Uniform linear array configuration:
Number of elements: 8
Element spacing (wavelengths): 0.75
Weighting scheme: uniform
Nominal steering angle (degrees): -60
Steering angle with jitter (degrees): -59.877
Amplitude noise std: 0.05
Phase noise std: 0.05

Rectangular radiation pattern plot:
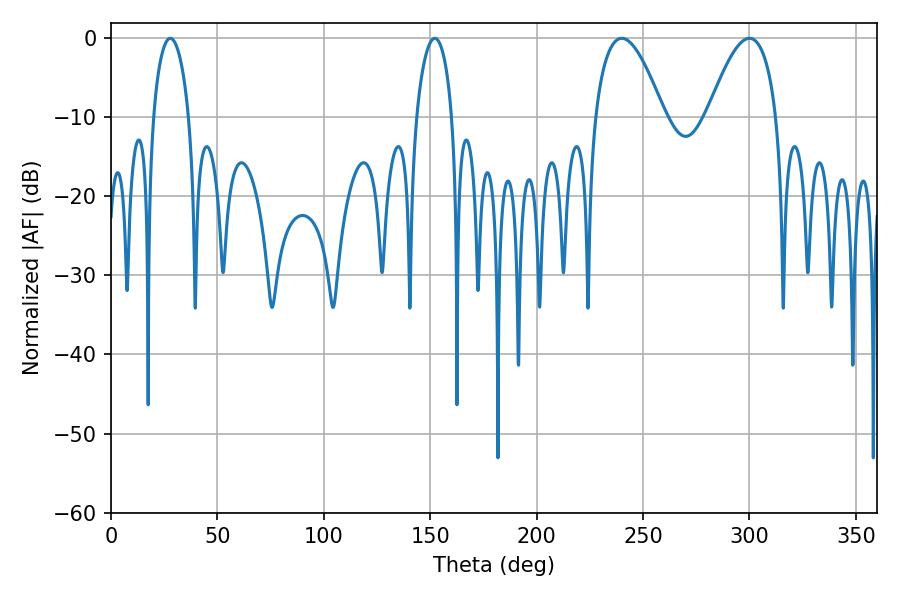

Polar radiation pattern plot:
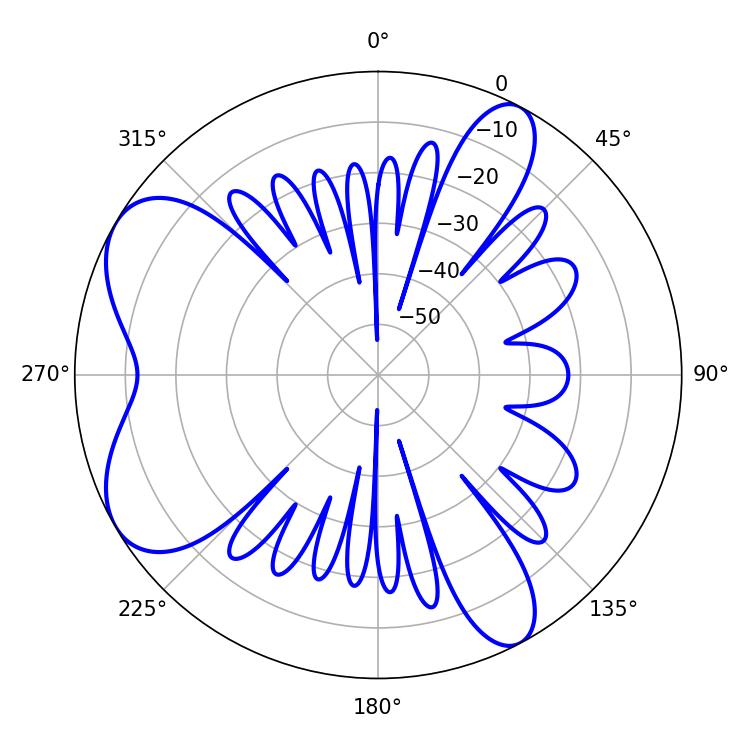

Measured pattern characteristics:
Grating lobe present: TRUE
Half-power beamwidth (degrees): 17.64
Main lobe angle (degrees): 239.94